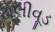
ઢોલીવૂડ